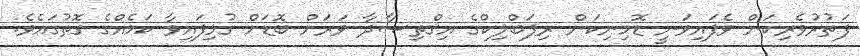
ފަތުރުވެރިކަން ވެފައިވަނީ ޑޮމިނިކަން ރިޕަބްލިކްގެ އިޤްތިޞާދާ ވަރަށް ބޮޑަށް ގުޅިފައިވާ ކަމެއްގެ ގޮތުގައެވެ.